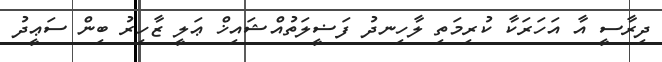
ދިރާސީ އާ އަހަރަކާ ކުރިމަތި ލާހިނދު ފަޟީލަތުއްޝައިޚް ޢަލީ ޒާހިރު ބިން ސަޢީދު